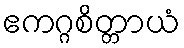
ဧကဂ္ဂစိတ္တာယံ